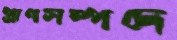
প্রাণসম্পদে